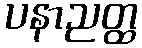
ပနာညတ္ထ